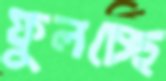
ফুলচ্ছে